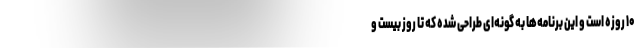
۱۰ روزه است و این برنامه‌ها به گونه‌ای طراحی شده که تا روز بیست و